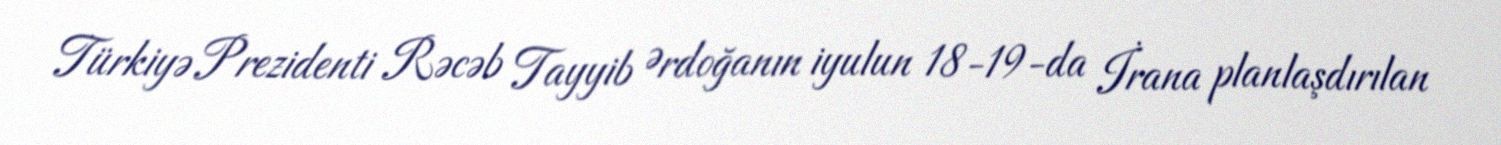
Türkiyə Prezidenti Rəcəb Tayyib Ərdoğanın iyulun 18-19-da İrana planlaşdırılan